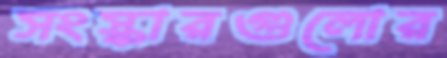
সংস্কারগুলোর